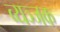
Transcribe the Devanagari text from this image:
व्यञ्जक